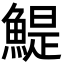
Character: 鯷